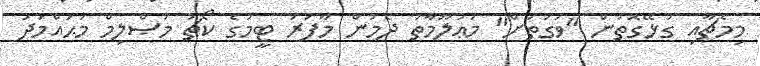
މިމެޗާއި ގުޅޭގޮތުން "ވަގުތަށް" މަޢުލޫމާތު ދެމުން މާފަރު ޓީމުގެ ކޯޗު މުޞްލިމް މުޙައްމަދު